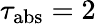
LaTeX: \tau_{\mathrm{abs}}=2